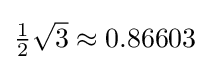
\textstyle {\tfrac {1}{2}}{\sqrt {3}}\approx 0.86603